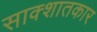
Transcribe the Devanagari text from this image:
साक्शातकार